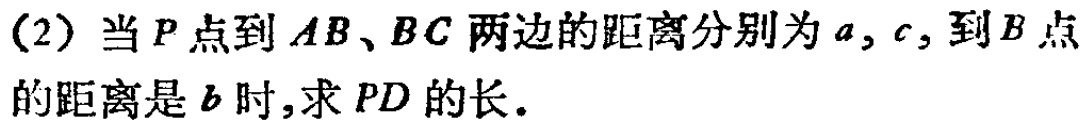
(2) 当 \(P\) 点到 \(AB、BC\) 两边的距离分别为 \(a,c\)，到 \(B\) 点的距离是 \(b\) 时，求 \(PD\) 的长.